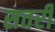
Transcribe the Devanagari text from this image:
सतरी